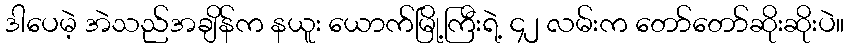
ဒါပေမဲ့ အဲသည်အချိန်က နယူး ယောက်မြို့ကြီးရဲ့ ၄၂ လမ်းက တော်တော်ဆိုးဆိုးပဲ။